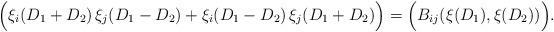
LaTeX: \begin{align*}\Bigl( \xi_i(D_1 + D_2)\, \xi_j(D_1 - D_2)+ \xi_i(D_1 - D_2)\, \xi_j(D_1 + D_2) \Bigr)= \Bigl( B_{ij}(\xi(D_1), \xi(D_2)) \Bigr). \end{align*}